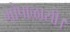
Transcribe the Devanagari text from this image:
गोपाळासी।